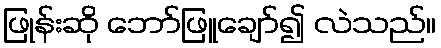
ဖြုန်းဆို ဘော်ဖြူချော်၍ လဲသည်။